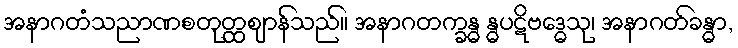
အနာဂတံသညာဏစတုတ္ထဈာန်သည်။ အနာဂတက္ခန္ဓ န္ဓပဋိဗဒ္ဓေသု၊ အနာဂတ်ခန္ဓာ,